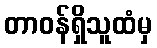
တာဝန်ရှိသူထံမှ